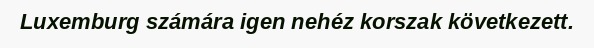
Luxemburg számára igen nehéz korszak következett.